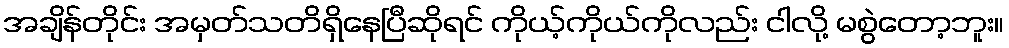
အချိန်တိုင်း အမှတ်သတိရှိနေပြီဆိုရင် ကိုယ့်ကိုယ်ကိုလည်း ငါလို့ မစွဲတော့ဘူး။